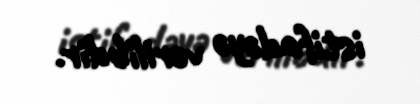
istifadəyə verilibdir.